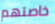
خاصتهم